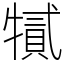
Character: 㹑